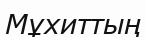
Мұхиттың